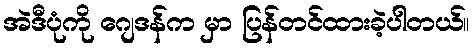
အဲဒီပုံကို ဂျေဒန်က မှာ ပြန်တင်ထားခဲ့ပါတယ်။